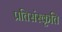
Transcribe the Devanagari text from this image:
प्रतिसंस्कृति